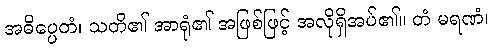
အဓိပ္ပေတံ၊ သတိ၏ အာရုံ၏ အဖြစ်ဖြင့် အလိုရှိအပ်၏။ တံ မရဏံ၊